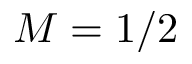
M = 1 / 2